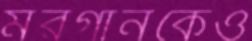
মরগানকেও